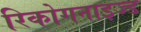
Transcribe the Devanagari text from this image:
रिकोगनाइज्ड